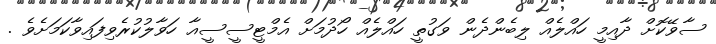
ސާވޭކޮށް ދާއިމީ ހައްލެއް ލިބެންދެން ވަގުތީ ހައްލެއް ހޯދުމަށް އެމްޓީސީސީއާ ހަވާލުކުރެވިފައިވާކަމަށެވެ .